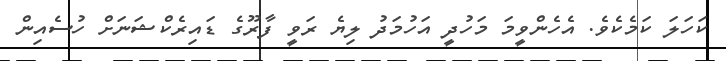
ކަހަލަ ކަމެކެވެ. އެހެންވީމަ މަހުދީ އަހުމަދު ލިޔެ ރަވީ ފާރޫގެ ޑައިރެކްޝަނަށް ހުސެއިން